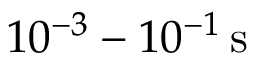
1 0 ^ { - 3 } - 1 0 ^ { - 1 } \, \mathrm { s }